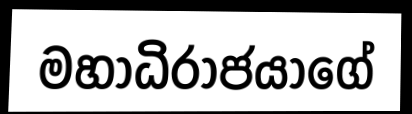
මහාධිරාජයාගේ